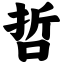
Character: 哲